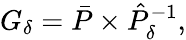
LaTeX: G_{\delta}=\bar{P}\times\hat{P}_{\delta}^{-1},